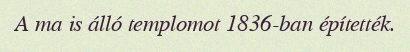
A ma is álló templomot 1836-ban építették.